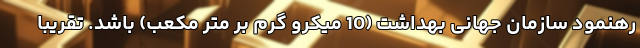
رهنمود سازمان جهانی بهداشت (10 میکرو گرم بر متر مکعب) باشد. تقریباً